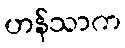
ဟန်သာက